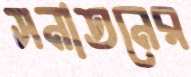
সনাতনের